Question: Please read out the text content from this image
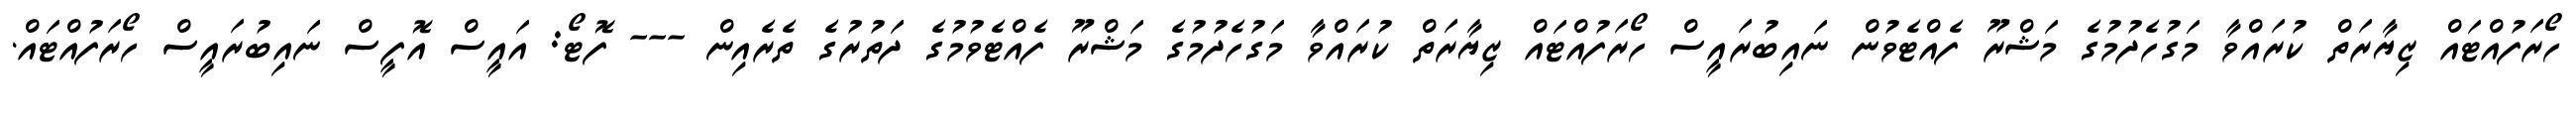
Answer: ހޯރަފުއްޓައް ޒިޔާރަތް ކުރައްވާ މަގުހެދުމުގެ މަޝްރޫ ފެއްޓެވުން ނައިބުރައީސް ހޯރަފުއްޓައް ޒިޔާރަތް ކުރައްވާ މަގުހެދުމުގެ މަޝްރޫ ފެއްޓެވުމުގެ ދަތުރުގެ ތެރެއިން --- ފޮޓޯ: އައީސް އޮފީސް ނައިބުރައީސް ހޯރަފުއްޓައް.